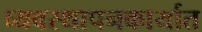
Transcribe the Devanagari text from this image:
व्यवस्थापनकार्यात